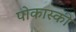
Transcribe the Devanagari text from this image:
पोकास्की